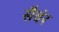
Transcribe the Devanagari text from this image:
सैवंर